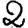
Digit: 2